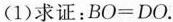
(1)求证：$$BO=DO$$。